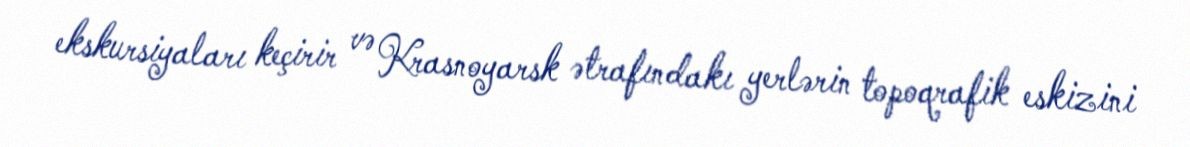
ekskursiyaları keçirir və Krasnoyarsk ətrafındakı yerlərin topoqrafik eskizini